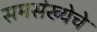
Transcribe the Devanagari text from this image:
समसंख्येचे